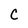
Character: C